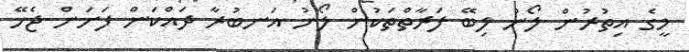
މީގެ އިތުރުން ލޯނު ލިބޭ ފަރާތްތަކުން ލޯނު އަނބުރާ ދައްކަން ފަށަން ޖެހޭ